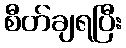
စီတ်ချရပြီး